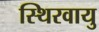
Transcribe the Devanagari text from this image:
स्थिरवायु